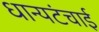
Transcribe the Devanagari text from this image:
धान्यटंचाई